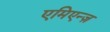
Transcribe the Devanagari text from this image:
एमिएन्ज़